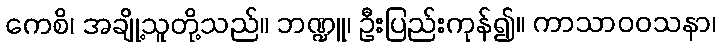
ကေစိ၊ အချို့သူတို့သည်။ ဘဏ္ဍူ၊ ဦးပြည်းကုန်၍။ ကာသာဝဝသနာ၊